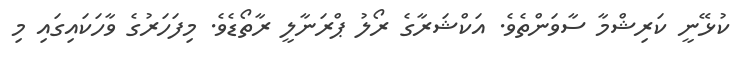
ކުޅޭނީ ކަރިޝްމާ ސާވަންތެވެ. އަކްޝަރާގެ ރޯލު ޕްރަނާލީ ރާތޯޑެވެ. މިފަހަރުގެ ވާހަކައިގައި މި